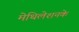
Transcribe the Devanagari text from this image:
मेथिलेशनके